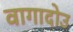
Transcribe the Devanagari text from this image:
वागादोउ